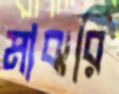
মাঝরি